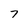
Character: 7